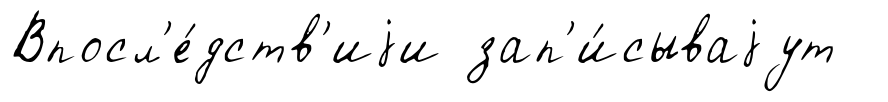
Впосл'е́дств'иjи зап'и́сываjут